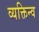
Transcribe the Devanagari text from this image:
व्यक्तिन्व